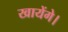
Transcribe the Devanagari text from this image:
खायेंगे।